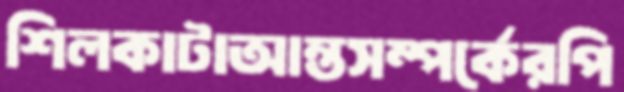
শিলকাটাআন্তসম্পর্কেরপি